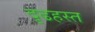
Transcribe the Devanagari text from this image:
दृढहस्त